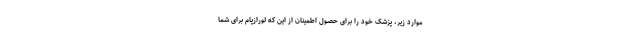
موارد زیر، پزشک خود را برای حصول اطمینان از این که لورازپام برای شما